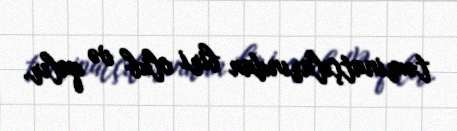
təminatçılarından biri olub və qalır.